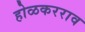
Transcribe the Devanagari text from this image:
होळकरराव